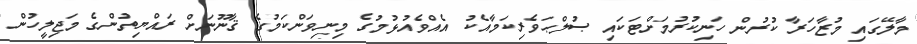
މާލޭގައި މުޒާހަރާ ކުރުން ހަނިކުރުމަށްޓަކައި ޞުލްޙަވެރިކަމާއެކު އެއްވެއުޅުމުގެ މިނިވަންކަމުގެ ޤާނޫނަށް ރައްޔިތުންގެ މަޖިލީހުން